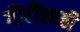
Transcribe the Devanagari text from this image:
गौरींसाठी